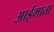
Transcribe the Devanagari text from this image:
आईमाता